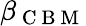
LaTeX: \beta_{\mathrm{~C~B~M~}}